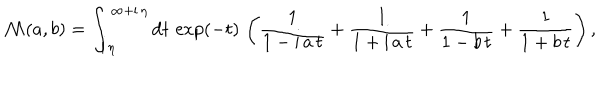
LaTeX: { \cal M } ( a , b ) = \int _ { { \mathrm i } \, \eta } ^ { \infty + { \mathrm i } \, \eta } { \mathrm d } t \, \exp ( - t ) \, \left( \frac { 1 } { 1 - { \mathrm i } \, a \, t } + \frac { 1 } { 1 + { \mathrm i } \, a \, t } + \frac { 1 } { 1 - b \, t } + \frac { 1 } { 1 + b \, t } \right) ,